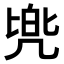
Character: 𫥡